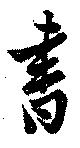
書